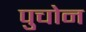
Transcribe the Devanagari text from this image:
पुचोन